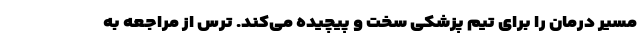
مسیر درمان را برای تیم پزشکی سخت و پیچیده می‌کند. ترس از مراجعه به